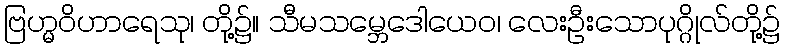
ဗြဟ္မဝိဟာရေသု၊ တို့၌။ သီမသမ္ဘေဒေါယေဝ၊ လေးဦးသောပုဂ္ဂိုလ်တို့၌